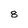
Character: 8